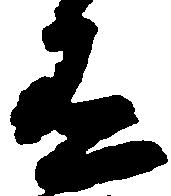
有